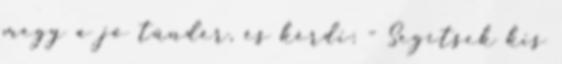
megy a jó tündér, és kérdi: - Segítsek kis